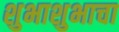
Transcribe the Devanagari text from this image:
शुभाशुभाचा